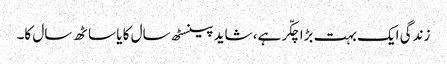
زندگی ایک بہت بڑا چکّر ہے، شاید پینسٹھ سال کا یا ساٹھ سال کا۔